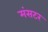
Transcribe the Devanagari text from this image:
मंसटर